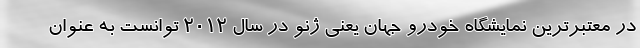
در معتبرترین نمایشگاه خودرو جهان یعنی ژنو در سال 2012 توانست به عنوان